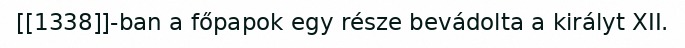
[[1338]]-ban a főpapok egy része bevádolta a királyt XII.